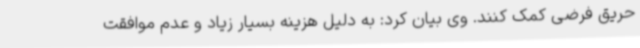
حریق فرضی کمک کنند. وی بیان کرد: به دلیل هزینه بسیار زیاد و عدم موافقت